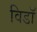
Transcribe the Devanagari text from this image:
विडाॅ